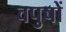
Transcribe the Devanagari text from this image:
वपुषों